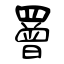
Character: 罾